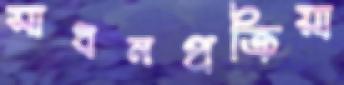
সাধনপ্রক্রিয়া